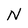
Character: N